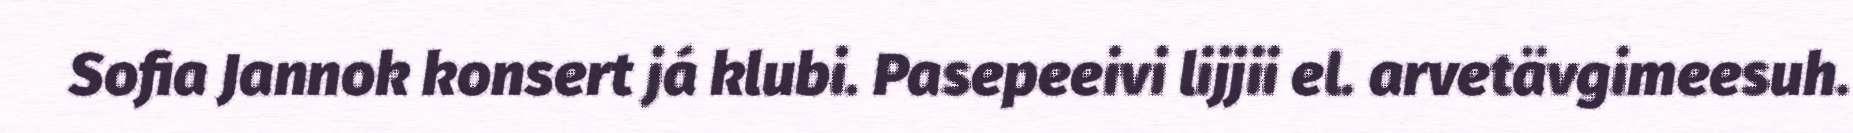
Sofia Jannok konsert já klubi. Pasepeeivi lijjii el. arvetävgimeesuh.